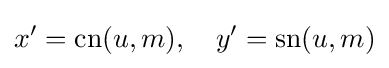
x'=\operatorname {cn} (u,m),\quad y'=\operatorname {sn} (u,m)